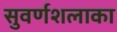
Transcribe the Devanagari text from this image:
सुवर्णशलाका